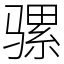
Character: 骡